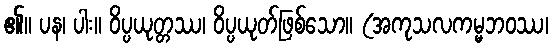
၏။ ပန၊ ပါး။ ဝိပ္ပယုတ္တဿ၊ ဝိပ္ပယုတ်ဖြစ်သော။ (အကုသလကမ္မဘဝဿ၊